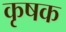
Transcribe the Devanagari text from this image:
कृषक